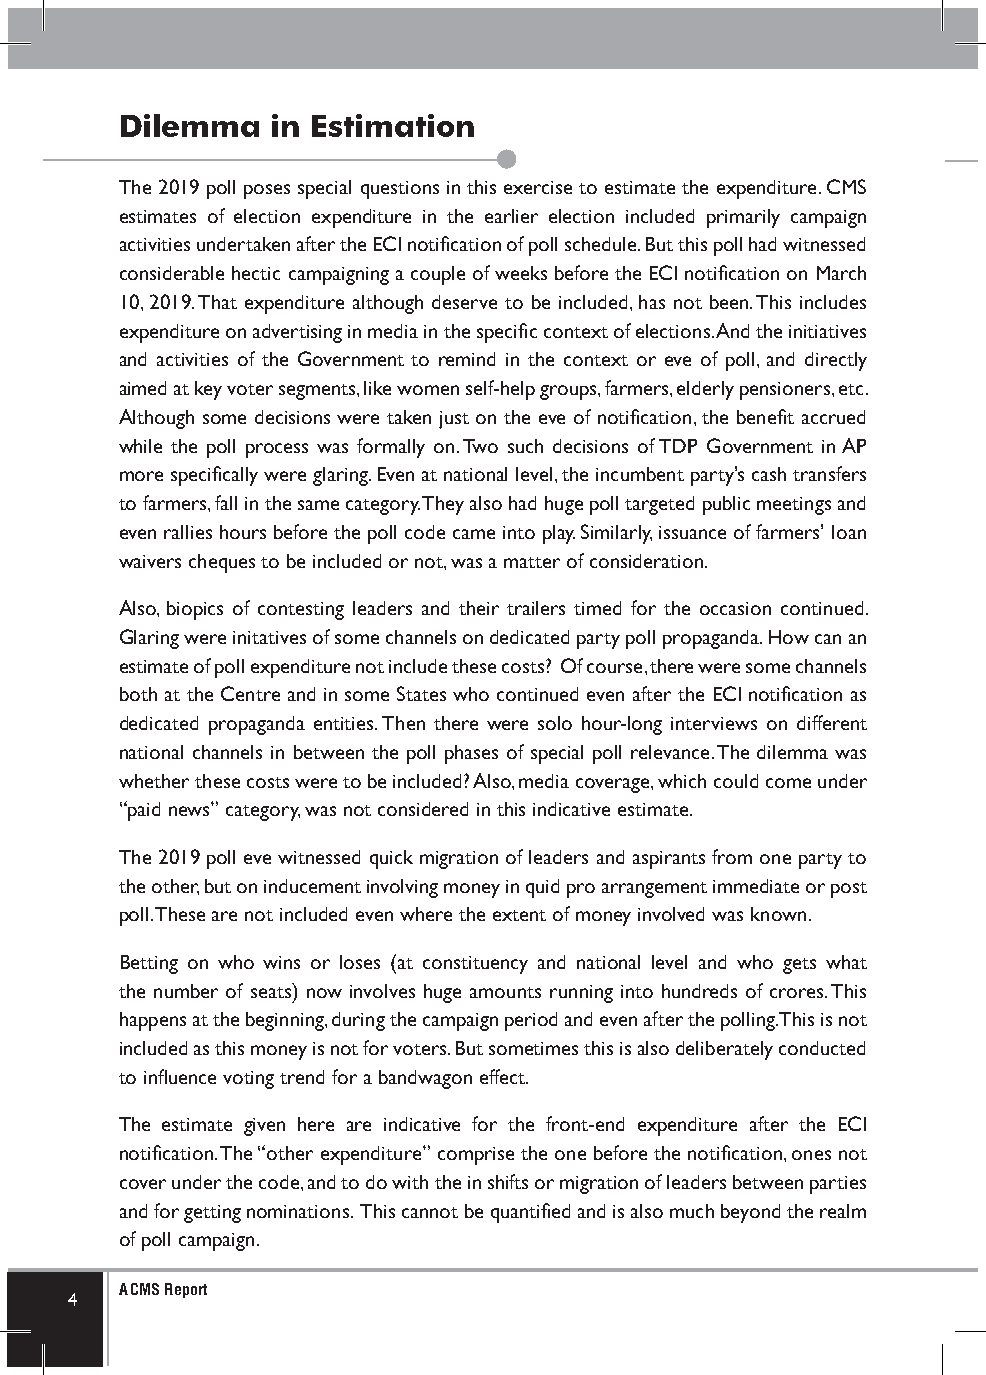
Dilemma   in Estimation
 The 2019 poll poses special questions in this exercise to estimate the expenditure. CMS
 estimates of election expenditure in the earlier election included primarily campaign
 activities undertaken after the ECI notification of poll schedule. But this poll had witnessed
 considerable hectic campaigning a couple of weeks before the ECI notification on March
 10, 2019. That expenditure although deserve to be included, has not been. This includes
 expenditure on advertising in media in the specific context of elections. And the initiatives
 and activities of the Government to remind in the context or eve of poll, and directly
 aimed at key voter segments, like women self-help groups, farmers, elderly pensioners, etc.
 Although some decisions were taken just on the eve of notification, the benefit accrued
 while the poll process was formally on. Two such decisions of TDP Government in AP
 more specifically were glaring. Even at national level, the incumbent party’s cash transfers
 to farmers, fall in the same category. They also had huge poll targeted public meetings and
 even rallies hours before the poll code came into play. Similarly, issuance of farmers’ loan
 waivers cheques to be included or not, was a matter of consideration.
 Also, biopics of contesting leaders and their trailers timed for the occasion continued.
 Glaring were initatives of some channels on dedicated party poll propaganda. How can an
 estimate of poll expenditure not include these costs? Of course, there were some channels
 both at the Centre and in some States who continued even after the ECI notification as
 dedicated propaganda entities. Then there were solo hour-long interviews on different
 national channels in between the poll phases of special poll relevance. The dilemma was
 whether these costs were to be included? Also, media coverage, which could come under
 “paid news” category, was not considered in this indicative estimate.
 The 2019 poll eve witnessed quick migration of leaders and aspirants from one party to
 the other, but on inducement involving money in quid pro arrangement immediate or post
 poll. These are not included even where the extent of money involved was known.
 Betting on who wins or loses (at constituency and national level and who gets what
 the number of seats) now involves huge amounts running into hundreds of crores. This
 happens at the beginning, during the campaign period and even after the polling. This is not
 included as this money is not for voters. But sometimes this is also deliberately conducted
 to influence voting trend for a bandwagon effect.
 The estimate given here are indicative for the front-end expenditure after the ECI
 notification. The “other expenditure” comprise the one before the notification, ones not
 cover under the code, and to do with the in shifts or migration of leaders between parties
 and for getting nominations. This cannot be quantified and is also much beyond the realm
 of poll campaign.
 A CMS Report
 4